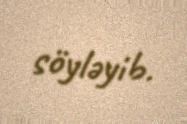
söyləyib.